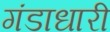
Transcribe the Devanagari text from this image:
गंडाधारी